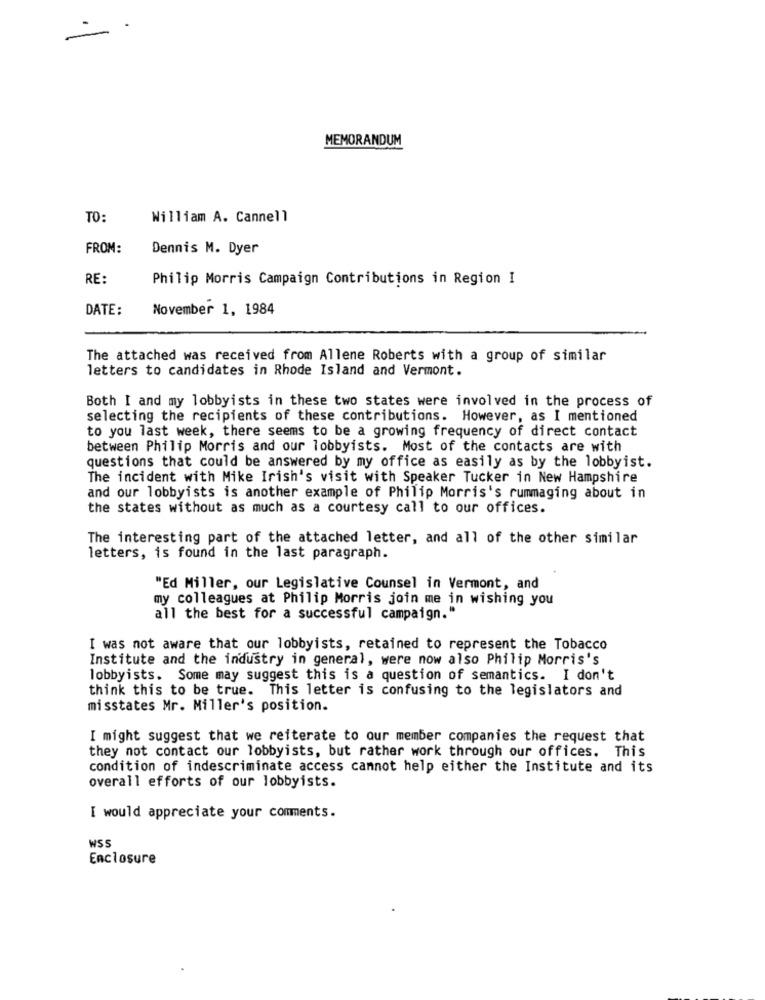
MEMORANDUM
TO:
William A. Cannell
FROM:
Dennis M. Dyer
RE:
Philip Morris Campaign Contributions in Region I
DATE:
November 1, 1984
The attached was received from Allene Roberts with a group of similar
letters to candidates in Rhode Island and Vermont.
Both I and my lobbyists in these two states were involved in the process of
selecting the recipients of these contributions. However, as I mentioned
to you last week, there seems to be a growing frequency of direct contact
between Philip Morris and our lobbyists. Most of the contacts are with
questions that could be answered by my office as easily as by the lobbyist.
The incident with Mike Irish's visit with Speaker Tucker in New Hampshire
and our lobbyists is another example of Philip Morris's rummaging about in
the states without as much as a courtesy call to our offices.
The interesting part of the attached letter, and all of the other similar
letters, is found in the last paragraph.
"Ed Miller, our Legislative Counsel in Vermont, and
my colleagues at Philip Morris join me in wishing you
all the best for a successful campaign."
I was not aware that our lobbyists, retained to represent the Tobacco
Institute and the industry in general, were now also Philip Morris's
lobbyists. Some may suggest this is a question of semantics. I don't
think this to be true. This letter is confusing to the legislators and
misstates Mr. Miller's position.
I might suggest that we reiterate to our member companies the request that
they not contact our lobbyists, but rather work through our offices. This
condition of indescriminate access cannot help either the Institute and its
overall efforts of our lobbyists.
I would appreciate your comments.
WSS
Enclosure